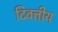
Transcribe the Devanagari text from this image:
दिवत्तीय